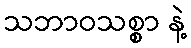
သဘာဝသစ္စာ နဲ့